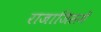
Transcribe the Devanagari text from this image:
राजाजिसमें